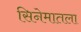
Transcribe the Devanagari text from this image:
सिनेमातला